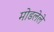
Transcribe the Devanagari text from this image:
मोडलेले